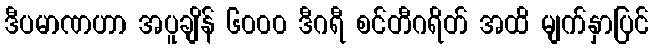
ဒီပမာဏဟာ အပူချိန် ၆၀၀၀ ဒီဂရီ စင်တီဂရိတ် အထိ မျက်နှာပြင်